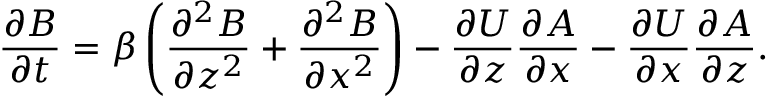
\frac { \partial B } { \partial t } = \beta \left( { \frac { \partial ^ { 2 } B } { \partial z ^ { 2 } } + \frac { \partial ^ { 2 } B } { \partial x ^ { 2 } } } \right) - \frac { \partial U } { \partial z } \frac { \partial A } { \partial x } - \frac { \partial U } { \partial x } \frac { \partial A } { \partial z } .